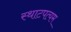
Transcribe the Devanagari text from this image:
स्थाटपत्यम